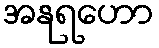
အနုရဟော